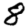
Digit: 8